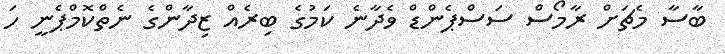
ބާސާ މެޗަށް ރާމޯސް ސަސްޕެންޑް ވެދާނެ ކަމުގެ ބިރެއް ޒިދާންގެ ނެތްކޮމްޕެނީ ހަ